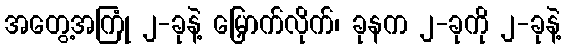
အတွေ့အကြုံ ၂-ခုနဲ့ မြှောက်လိုက်၊ ခုနက ၂-ခုကို ၂-ခုနဲ့